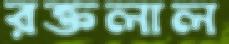
রক্তলাল